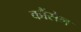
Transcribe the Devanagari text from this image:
कौंसेल